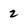
Character: 2